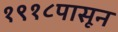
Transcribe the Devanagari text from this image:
१९१८पासून